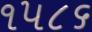
૧૫૮૬